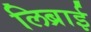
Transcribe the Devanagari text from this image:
लिब्राई